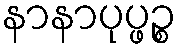
နာနာပုပ္ဖဉ္စ